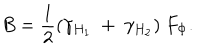
B = \frac { 1 } { 2 } ( \gamma _ { H _ { 1 } } ~ + ~ \gamma _ { H _ { 2 } } ) ~ F _ { \Phi } .